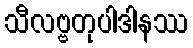
သီလဗ္ဗတုပါဒါနဿ